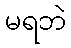
မရဘဲ